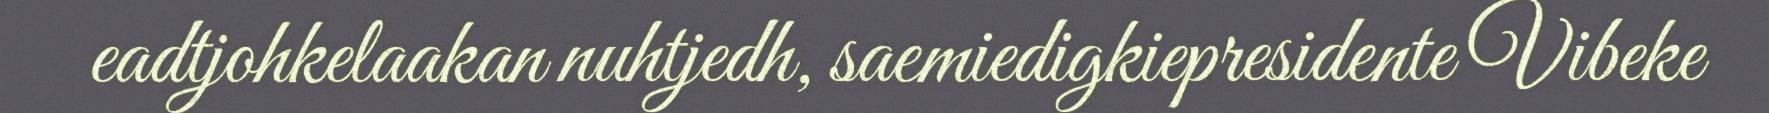
eadtjohkelaakan nuhtjedh, saemiedigkiepresidente Vibeke